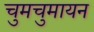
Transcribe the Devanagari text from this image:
चुमचुमायन